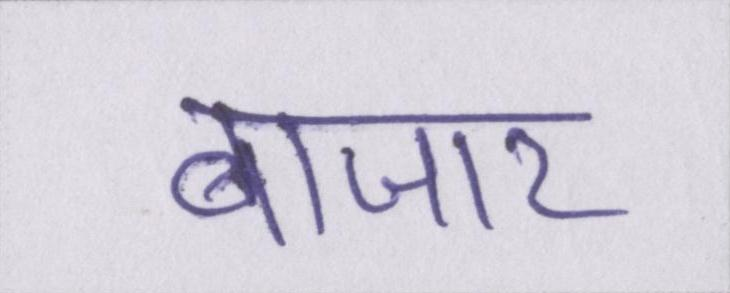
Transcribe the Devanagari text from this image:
बाजार